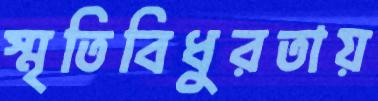
স্মৃতিবিধুরতায়